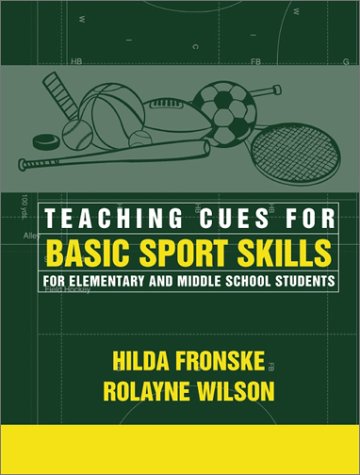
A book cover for Teaching Cues for Basic Sport Skills for Elementary and Middle School Students; Hilda A. Fronske Ed.D.; Health, Fitness & Dieting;